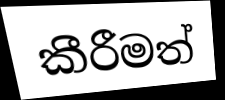
කීරීමත්